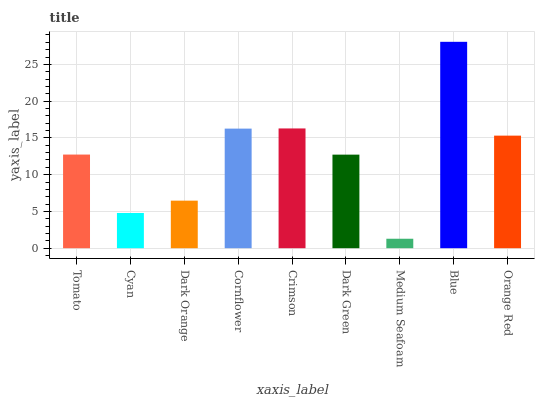
| xaxis_label | bars |
 | --- | --- |
 | Tomato | 12.7 |
 | Cyan | 4.79 |
 | Dark Orange | 6.47 |
 | Cornflower | 16.3 |
 | Crimson | 16.3 |
 | Dark Green | 12.7 |
 | Medium Seafoam | 1.29 |
 | Blue | 28.1 |
 | Orange Red | 15.3 |